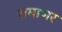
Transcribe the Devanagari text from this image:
रामाभर